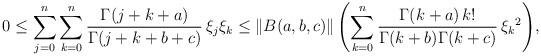
LaTeX: \begin{align*}0\leq\sum_{j=0}^{n}\sum_{k=0}^{n}\frac{\Gamma(j+k+a)}{\Gamma(j+k+b+c)}\,\xi_{j}\xi_{k}\leq\left\Vert B(a,b,c)\right\Vert \left(\sum_{k=0}^{n}\frac{\Gamma(k+a)\, k!}{\Gamma(k+b)\Gamma(k+c)}\,\xi_{k}{}^{2}\right)\!,\end{align*}